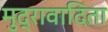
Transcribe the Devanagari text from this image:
मुद्रावादिता